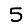
Digit: 5